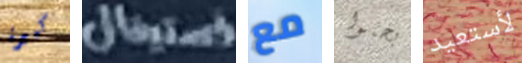
كبيرة فستيفال مع بحثوا لأستعيد